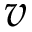
v